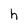
Character: h